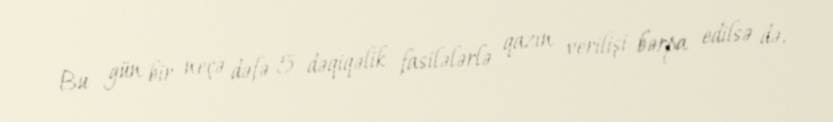
Bu gün bir neçə dəfə 5 dəqiqəlik fasilələrlə qazın verilişi bərpa edilsə də,